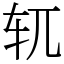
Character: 𫐄